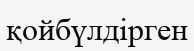
қойбүлдірген